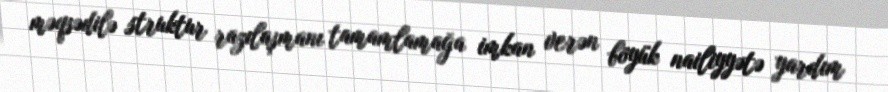
məqsədilə struktur razılaşmanı tamamlamağa imkan verən böyük nailiyyətə yardım